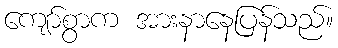
ကျော်စွာက အားနာနေပြန်သည်။